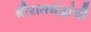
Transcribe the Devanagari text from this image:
श्रीरामचंद्रांची